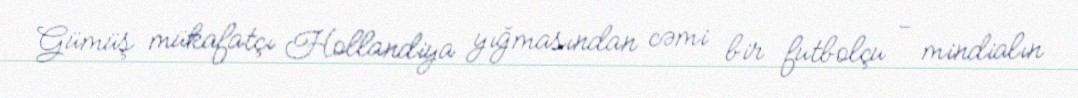
Gümüş mükafatçı Hollandiya yığmasından cəmi bir futbolçu - mindialın